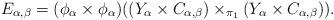
LaTeX: \begin{align*}E_{\alpha,\beta} = (\phi_\alpha \times \phi_\alpha)((Y_\alpha \times C_{\alpha,\beta}) \times_{\pi_1} (Y_\alpha \times C_{\alpha,\beta})).\end{align*}